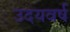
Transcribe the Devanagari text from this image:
उदयवर्ष